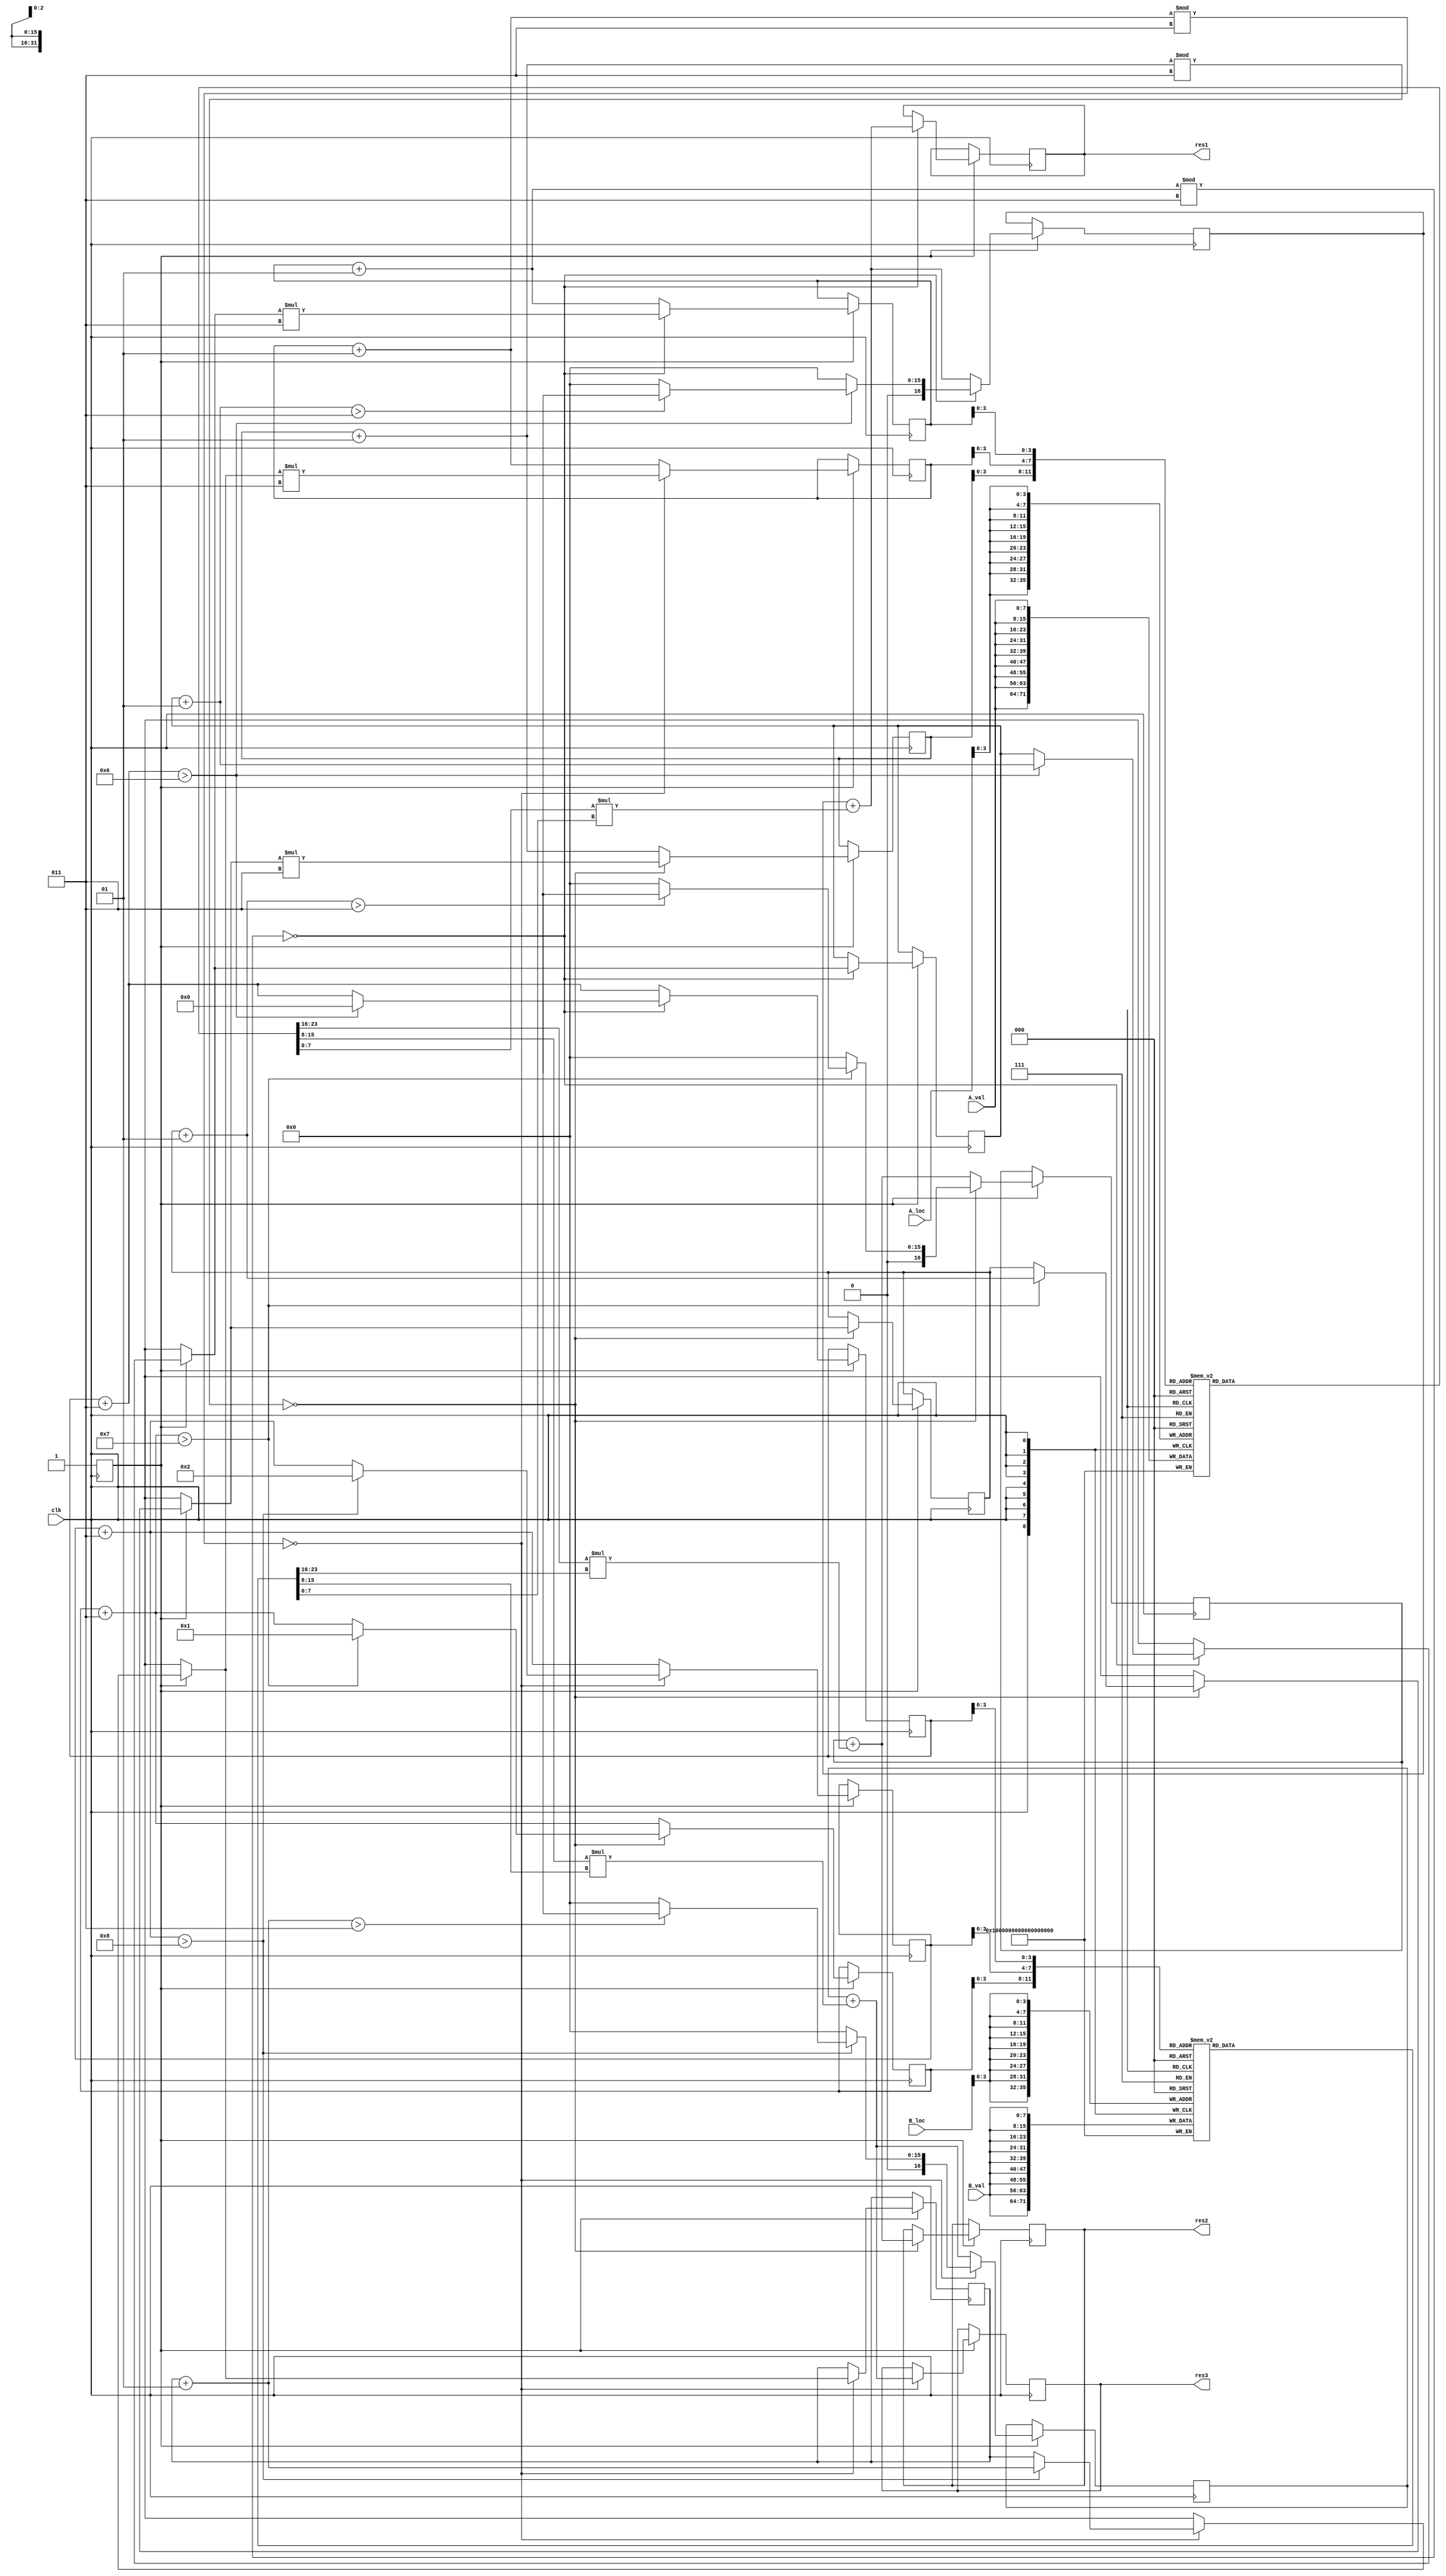
module matmul(
input clk,
input [7:0]A_val,
input [7:0]B_val,
input [7:0]A_loc,
input [7:0]B_loc,

output reg [16:0]res1,
output reg [16:0]res2,
output reg [16:0]res3
);
//**********************Change here*****************************
parameter P=3; // P number of rows for Matrix A
parameter Q=3; // Q number of rows for Matrix A
parameter R=3; // R number of rows for Matrix B
parameter S=3; // S number of rows for Matrix B
//**********************Change here*****************************


reg  [7:0]result[0:9];
integer b1_i,b1_j,b2_i,b2_j,b3_i,b3_j;reg  write_flag_A,write_flag_B;
integer row_flg_1,row_flg_2,row_flg_3;
reg [0:16]sum1;
reg [0:16]sum2;
reg [0:16]sum3;


integer i1,i2;

reg [7:0]A[0:(P*Q)];
reg [7:0]B[0:(R*S)];
initial
begin
if(P*Q>=R*S)// (testbench 10 units x highest number of elements)
begin
#(P*Q*10);
end
else
begin
#(R*S*10);
end
write_flag_A=0;
write_flag_B=0;


b1_i=0;//first always block Matrix A pointer
b1_j=0;//first always block Matrix B Column Pointer

b2_i=0;//second always block Matrix A pointer
b2_j=S/3;//second always block Matrix B Column Pointer

b3_i=0;//third always block Matrix A pointer
b3_j=2*(S/3);//third  always block Matrix B Column Pointer

row_flg_1=0;//first always block Matrix A Row pointer
row_flg_2=0;//second always block Matrix A Row pointer
row_flg_3=0;//third always block Matrix A Row pointer

sum1=0;//sum accumulator for first always block
sum2=0;//sum accumulator for second always block
sum3=0;//sum accumulator for third always block

end

always @(posedge clk)//MATRIX A writing block
begin
for(i1=0;i1<(P*Q);i1=i1+1) 
begin
A[A_loc]=A_val;
end
write_flag_A=1;
end

always @(posedge clk)//MATRIX B  writing block
begin
for(i2=0;i2<(R*S);i2=i2+1)
begin
B[B_loc]=B_val;
end
write_flag_B=1;
end

always @(posedge clk)
begin
if(write_flag_A && write_flag_B) // to check whether writing of inputs are done 
begin
sum1 = sum1 + A[b1_i]*B[b1_j];  //Matrix mul operation
b1_i=b1_i+1;         //element iterator for each element in a row of Matrix A
b1_j=b1_j+S;         //element iterator for each element in a column of Matrix B
if((b1_i%R)==0)      // to check row end
     	begin
      b1_i=0;        //intitialize iterator
	result[b1_j] = sum1; //stored in register  
    res1=sum1;           // output to the used first n columns
    sum1=0;
	if(b1_j>((R*S)-1-2*(S/3)))    // to detect block end in the Matrix B
		begin
		b1_j=0;
        row_flg_1=row_flg_1+1;   // to go to the next row in matrix A
		if(row_flg_1>P)
			begin
             sum1=16'bx;       // end of operation
			end
		end
		b1_i=row_flg_1*Q;     //valuates the jump to next row
	end  
end
end 


always @(posedge clk)
begin
if(write_flag_A && write_flag_B)
begin
sum2 = sum2 + A[b2_i]*B[b2_j];
b2_i=b2_i+1;
b2_j=b2_j+S;
if((b2_i%R)==0) 
     	begin
      b2_i=0;
	result[b2_j] = sum2;
    res2=sum2;
    sum2=0;
	if(b2_j>((R*S)-1-(S/3)))
		begin
		b2_j=S/3;
        row_flg_2=row_flg_2+1;
		if(row_flg_2>P)
			begin
            sum2=16'bx;
			end
		end
		b2_i=row_flg_2*Q;
	end  
end
end 

always @(posedge clk)
begin
if(write_flag_A && write_flag_B)
begin
sum3 = sum3 + A[b3_i]*B[b3_j];
b3_i=b3_i+1;
b3_j=b3_j+S;
if((b3_i%R)==0) 
     	begin
      b3_i=0;
	result[b3_j] = sum3;
    res3=sum3;
    sum3=0;
	if(b3_j>( (R*S)-1 ))
		begin
		b3_j=(2*S)/3;
        row_flg_3=row_flg_3+1;
		if(row_flg_3>P)
			begin
			sum3=16'bx;
			end
		end
		b3_i=row_flg_3*Q;
	end  
end
end 
endmodule